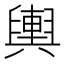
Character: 輿